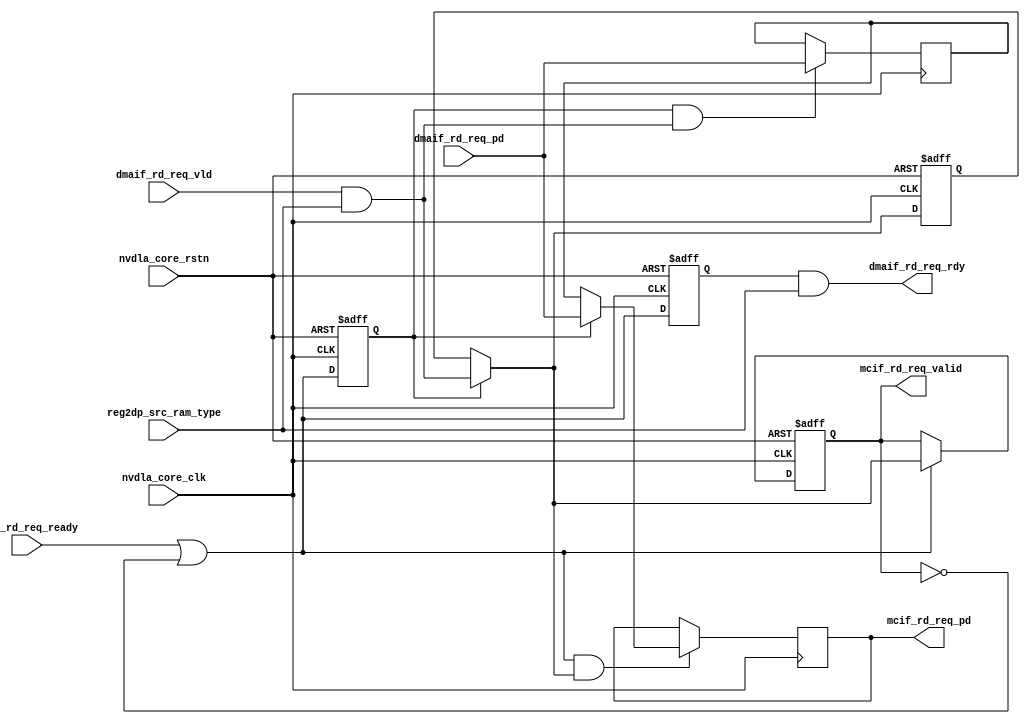
module NV_NVDLA_DMAIF_rdreq (
   nvdla_core_clk
  ,nvdla_core_rstn
  ,reg2dp_src_ram_type
  ,mcif_rd_req_pd
  ,mcif_rd_req_valid
  ,mcif_rd_req_ready
  ,dmaif_rd_req_pd
  ,dmaif_rd_req_vld
  ,dmaif_rd_req_rdy
);
//////////////////////////////////////////////
input nvdla_core_clk;
input nvdla_core_rstn;
input reg2dp_src_ram_type;
output [32 +14:0] mcif_rd_req_pd;
output mcif_rd_req_valid;
input mcif_rd_req_ready;
input [32 +14:0] dmaif_rd_req_pd;
input dmaif_rd_req_vld;
output dmaif_rd_req_rdy;
//////////////////////////////////////////////
wire mc_dma_rd_req_vld;
wire mc_dma_rd_req_rdy;
wire mc_rd_req_rdyi;
wire dma_rd_req_ram_type;
wire rd_req_rdyi;
//////////////////////////////////////////////
assign dma_rd_req_ram_type = reg2dp_src_ram_type;
assign mc_dma_rd_req_vld = dmaif_rd_req_vld & (dma_rd_req_ram_type == 1'b1);
assign mc_rd_req_rdyi = mc_dma_rd_req_rdy & (dma_rd_req_ram_type == 1'b1);
assign dmaif_rd_req_rdy= rd_req_rdyi;
//: my $dmabw = ( 32 + 15 );
//: &eperl::pipe(" -wid $dmabw -is -do mcif_rd_req_pd -vo mcif_rd_req_valid -ri mcif_rd_req_ready -di dmaif_rd_req_pd -vi mc_dma_rd_req_vld -ro mc_dma_rd_req_rdy_f  ");
//| eperl: generated_beg (DO NOT EDIT BELOW)
// Reg
reg mc_dma_rd_req_rdy_f;
reg skid_flop_mc_dma_rd_req_rdy_f;
reg skid_flop_mc_dma_rd_req_vld;
reg [47-1:0] skid_flop_dmaif_rd_req_pd;
reg pipe_skid_mc_dma_rd_req_vld;
reg [47-1:0] pipe_skid_dmaif_rd_req_pd;
// Wire
wire skid_mc_dma_rd_req_vld;
wire [47-1:0] skid_dmaif_rd_req_pd;
wire skid_mc_dma_rd_req_rdy_f;
wire pipe_skid_mc_dma_rd_req_rdy_f;
wire mcif_rd_req_valid;
wire [47-1:0] mcif_rd_req_pd;
// Code
// SKID READY
always @(posedge nvdla_core_clk or negedge nvdla_core_rstn) begin
   if (!nvdla_core_rstn) begin
       mc_dma_rd_req_rdy_f <= 1'b1;
       skid_flop_mc_dma_rd_req_rdy_f <= 1'b1;
   end else begin
       mc_dma_rd_req_rdy_f <= skid_mc_dma_rd_req_rdy_f;
       skid_flop_mc_dma_rd_req_rdy_f <= skid_mc_dma_rd_req_rdy_f;
   end
end

// SKID VALID
always @(posedge nvdla_core_clk or negedge nvdla_core_rstn) begin
    if (!nvdla_core_rstn) begin
        skid_flop_mc_dma_rd_req_vld <= 1'b0;
    end else begin
        if (skid_flop_mc_dma_rd_req_rdy_f) begin
            skid_flop_mc_dma_rd_req_vld <= mc_dma_rd_req_vld;
        end
   end
end
assign skid_mc_dma_rd_req_vld = (skid_flop_mc_dma_rd_req_rdy_f) ? mc_dma_rd_req_vld : skid_flop_mc_dma_rd_req_vld;

// SKID DATA
always @(posedge nvdla_core_clk) begin
    if (skid_flop_mc_dma_rd_req_rdy_f & mc_dma_rd_req_vld) begin
        skid_flop_dmaif_rd_req_pd[47-1:0] <= dmaif_rd_req_pd[47-1:0];
    end
end
assign skid_dmaif_rd_req_pd[47-1:0] = (skid_flop_mc_dma_rd_req_rdy_f) ? dmaif_rd_req_pd[47-1:0] : skid_flop_dmaif_rd_req_pd[47-1:0];


// PIPE READY
assign skid_mc_dma_rd_req_rdy_f = pipe_skid_mc_dma_rd_req_rdy_f || !pipe_skid_mc_dma_rd_req_vld;

// PIPE VALID
always @(posedge nvdla_core_clk or negedge nvdla_core_rstn) begin
    if (!nvdla_core_rstn) begin
        pipe_skid_mc_dma_rd_req_vld <= 1'b0;
    end else begin
        if (skid_mc_dma_rd_req_rdy_f) begin
            pipe_skid_mc_dma_rd_req_vld <= skid_mc_dma_rd_req_vld;
        end
    end
end

// PIPE DATA
always @(posedge nvdla_core_clk) begin
    if (skid_mc_dma_rd_req_rdy_f && skid_mc_dma_rd_req_vld) begin
        pipe_skid_dmaif_rd_req_pd[47-1:0] <= skid_dmaif_rd_req_pd[47-1:0];
    end
end


// PIPE OUTPUT
assign pipe_skid_mc_dma_rd_req_rdy_f = mcif_rd_req_ready;
assign mcif_rd_req_valid = pipe_skid_mc_dma_rd_req_vld;
assign mcif_rd_req_pd = pipe_skid_dmaif_rd_req_pd;

//| eperl: generated_end (DO NOT EDIT ABOVE)
assign mc_dma_rd_req_rdy = mc_dma_rd_req_rdy_f;
assign rd_req_rdyi = mc_rd_req_rdyi;
endmodule